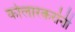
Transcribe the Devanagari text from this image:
कोलारकरांनी